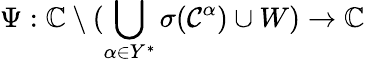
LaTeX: \Psi:\mathbb{C}\setminus(\bigcup_{\alpha\in Y^{*}}\sigma(\mathcal{C}^{\alpha})\cup W)\rightarrow\mathbb{C}